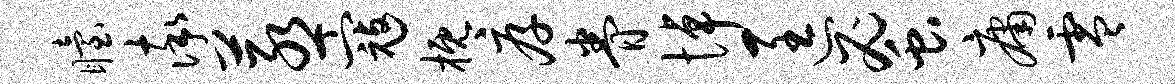
眙率蒸寇概厚眷悼匡蜜庸零